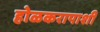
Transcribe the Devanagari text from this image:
होळकरापाशी